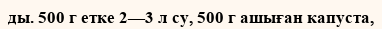
ды. 500 г етке 2—3 л су, 500 г ашыған капуста,